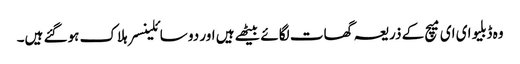
وہ ڈبلیو ای ای میچ کے ذریعہ گھات لگائے بیٹھے ہیں اور دو سائلینسر ہلاک ہوگئے ہیں۔